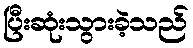
ပြီးဆုံးသွားခဲ့သည်